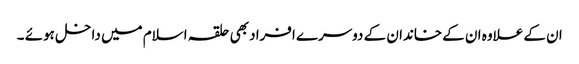
ان کے علاوہ ان کے خاندان کے دوسرے افراد بھی حلقہ اسلام میں داخل ہوئے ۔